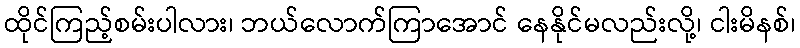
ထိုင်ကြည့်စမ်းပါလား၊ ဘယ်လောက်ကြာအောင် နေနိုင်မလည်းလို့၊ ငါးမိနစ်၊